Vaccination in Burma 1912-1922 - 1912-1922
Year: 1912
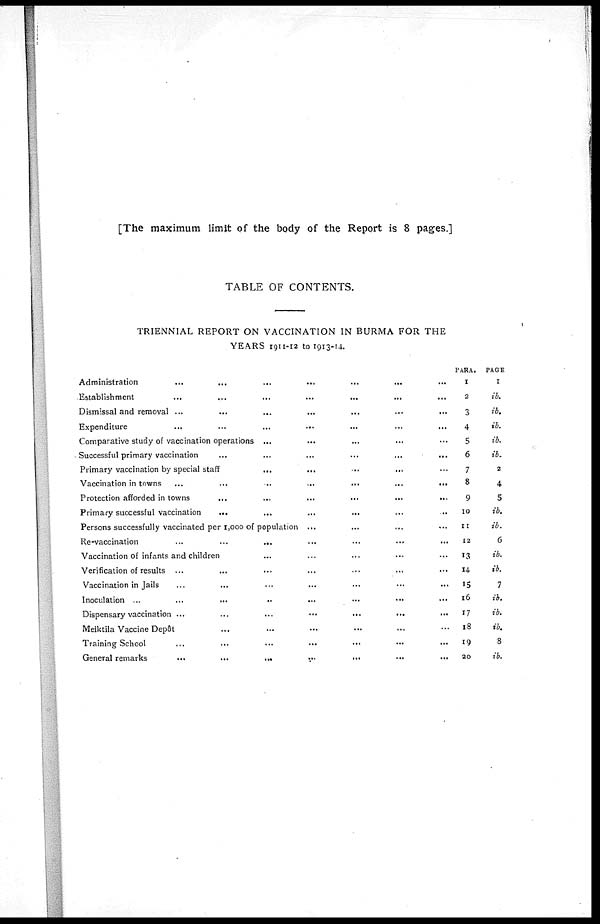
[The maximum limit of the body of the Report is 8 pages.]
TABLE OF CONTENTS.
TRIENNIAL REPORT ON VACCINATION IN BURMA FOR THE
YEARS 1911-12 to 1913-14.
Administration ...
...
...
...
...
...
Establishment ... ... ... ... ... ...
Dismissal and removal
...
...
...
...
...
...
Expenditure
...
...
...
...
...
...
Comparative study of vaccination operations ... ... ... ... ... ... ...
Successful primary vaccination ... ... ... ... ... ... ... ...
Primary vaccination by special staff
...
...
...
...
...
...
...
Vaccination in towns
...
...
...
...
...
...
...
Protection afforded in towns
...
...
...
...
...
...
...
Primary successful vaccination ... ... ... ... ... ... ...
Persons successfully vaccinated per 1,000 of population ... ... ... ... ... ... ...
Re-vaccination
...
...
...
...
...
...
...
Vaccination of infants and children ... ... ... ... ... ... ...
Verification of results ... ... ... ... ... ... ...
Vaccination in Jails ... ... ... ... ... ...
Inoculation
...
...
...
...
...
...
...
Dispensary vaccination ...
...
...
...
...
...
Meiktila Vaccine Depôt ... ... ... ... ...
Training School
...
...
...
...
...
...
General remarks
...
...
...
...
...
...
PARA.
1
2
3
4
5
6
7
8
9
10
11
12
13
14
15
16
17
18
19
20
PAGE
1
ib.
ib.
ib.
ib.
ib.
2
4
5
ib.
ib.
6
ib.
ib.
7
ib.
ib.
ib.
8
ib.